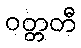
ဝတ္တတီ